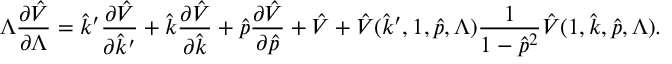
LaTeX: \Lambda \frac { \partial \hat { V } } { \partial \Lambda } = \hat { k } ^ { \prime } \frac { \partial \hat { V } } { \partial \hat { k } ^ { \prime } } + \hat { k } \frac { \partial \hat { V } } { \partial \hat { k } } + \hat { p } \frac { \partial \hat { V } } { \partial \hat { p } } + \hat { V } + \hat { V } ( \hat { k } ^ { \prime } , 1 , \hat { p } , \Lambda ) \frac { 1 } { 1 - \hat { p } ^ { 2 } } \hat { V } ( 1 , \hat { k } , \hat { p } , \Lambda ) .